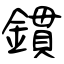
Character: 鏆